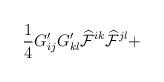
LaTeX: \begin{align*}\frac{1}{4} G'_{ij} G'_{kl} {\cal \widehat{F}}^{ik}{\cal \widehat{F}}^{jl} +\end{align*}